Report on vaccination in Madras 1895-1903 - 1895-1903
Year: 1895
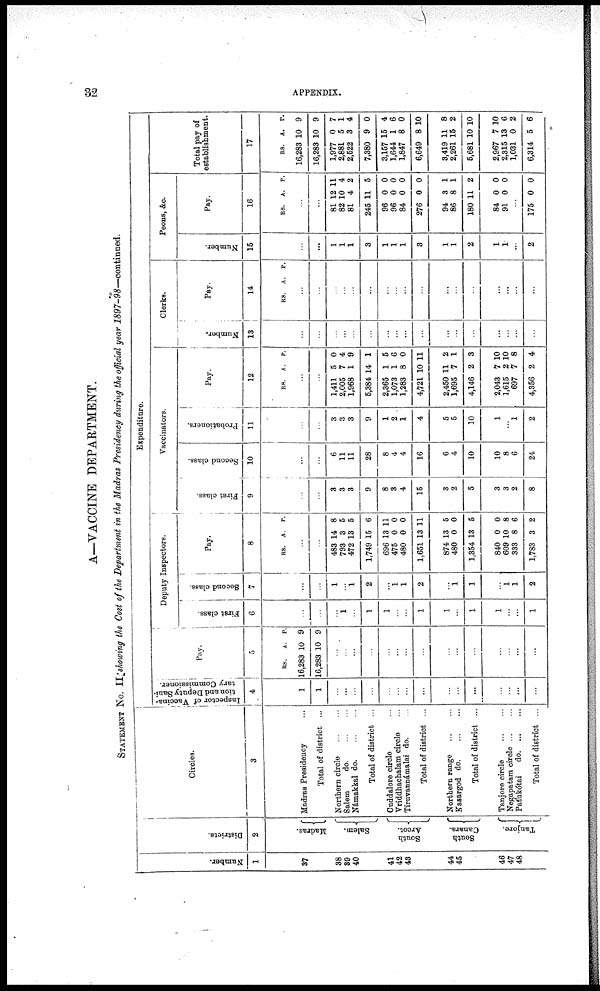
32
APPENDIX.
A—VACCINE DEPARTMENT.
STATEMENT No. II showing the Cost of the Department in the Madras Presidency during the official year
1897-98—continued.
Number.
1
37
38
39
40
41
42
48
44
45
46
47
48
Districts.
2
Madras.
Salem.
South
Arcot.
South
Canara.
Tanjore.
Circles.
3
Madras Presidency...
Total of district ...
Northern circle... ...
Salem do. ... ...
Námakkal d
o
. ... ...
Total of district ...
Cuddalore circle...
Vriddhachalam circle...
Tiruvannámalai do. ...
Total of district ...
Northern range... ...
Kasargod d
o
. ... ...
Total of district ...
Tanjore circle... ...
Negapatam circle ... ...
Patukótai
d
o
. ... ...
Total of district ...
Expenditure.
Inspector of Vaccina-
tion and Deputy Sani-
tary Commissioner.
4
1
1
...
...
...
...
...
...
...
...
...
...
...
...
...
...
...
5
RS.
16,283
16,283
A.
10
10
P.
9
9
...
...
...
...
...
...
...
...
...
...
...
...
...
...
...
Deputy Inspectors.
First class.
6
...
...
...
1
...
1
1
...
...
1
1
...
...
1
...
...
1
Second class.
7
...
...
1
...
1
2
...
1
1
2
...
1
1
...
1 1
2
Pay.
8
RS. A. P.
...
...
483
793
472
1,749
696
475
480
1,651
874
480
1,354
840
609
333
1,783
14
3
13
15
13
0
0
13
13
0
13
0
10
8
3
8
5
5
6
11
0
0
11
5
0
5
0
8
6
2
Vaccinators.
First class.
9
...
...
3
3
3
9
8
3
4
15
3
2
5
3
3
2
8
Second class.
10
...
...
6
11
11
28
8
4
4
16
6
4
10
10
8
6
24
Probationers.
11
...
...
3
3
3
9
1
2
1
4
5
5
10
1
...
1
2
Pay.
12
RS. A. P.
...
...
1,411
2,005
1,968
5,384
2,365
1,073
1,283
4,721
2,450
1,695
4,146
2,043
1,615
697
4,356
5
7
1
14
1
1
8
10
11
7
2
7
2
7
2
0
4
9
1
5
6
0
11
2
1
3
10
10
8
4
Clerks.
Number.
13
...
...
...
...
...
...
...
...
...
...
...
...
...
...
...
...
...
Pay.
14
RS. A. P.
...
...
...
...
...
...
...
...
...
...
...
...
...
...
...
...
...
Peons, &o.
Number.
15
...
...
1
1
1
3
1
1
1
3
1
1
2
1
1
...
2
Pay.
16
RS. A. P.
...
...
81
82
81
245
96
96
84
276
94
86
180
84
91
...
175
12
10
4
11
0
0
0
0
3
8
11
0
0
...
0
11
4
2
5
0
0
0
0
1
1
2
0
0
...
0
Total pay of
establishment.
17
RS.
16,283
16,283
1,977
2,881
2,622
7,380
3,157
1,644
1,847
6,649
3,419
2,261
5,681
2,967
2,315
1,031
6,314
A.
10
10
0
5
3
9
15
1
8
8
11
15
10
7
13
0
5
p.
9
9
7
1
4
0
4
6
0
10
8
2
10
10
6
2
6